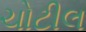
ચોટીલ